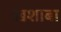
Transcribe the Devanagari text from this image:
खशाबा